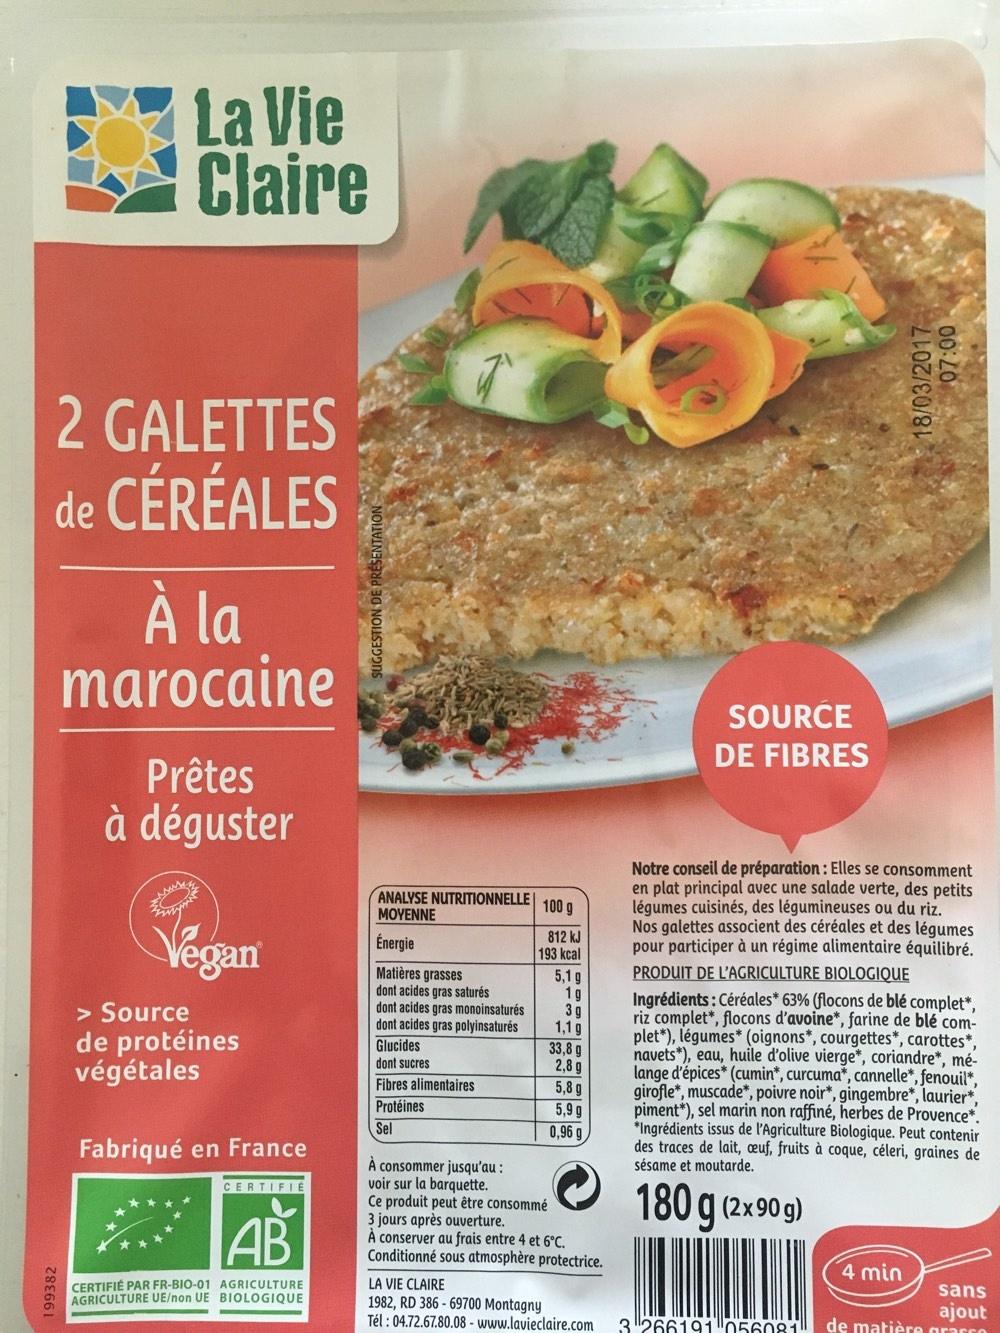
2 GALETTES de CÉRÉALES
199382
La Vie Claire
À la
marocaine
Prêtes à déguster
3
Vegan
> Source de protéines végétales
Fabriqué en France
CERTIFIÉ PAR FR-BIO-01 AGRICULTURE UE/non UE
CERTIFIE
AB
AGRICULTURE BIOLOGIQUE
SUGGESTION DE
ANALYSE NUTRITIONNELLE 100 g
MOYENNE
Énergie
Matières grasses dont acides gras saturés
dont acides gras monoinsaturés
dont acides gras polyinsaturés Glucides
dont sucres
Fibres alimentaires Protéines
Sel
812 kJ 193 kcal
5,1 g
1g
3g
1,1g
33,8 g
2,8 g
5,8 g
5,9 g
0,96 g
À consommer jusqu'au :
voir sur la barquette.
Ce produit peut être consommé 3 jours après ouverture.
À conserver au frais entre 4 et 6°C. Conditionné sous atmosphère protectrice.
LA VIE CLAIRE
1982, RD 386-69700 Montagny
Tél : 04.72.67.80.08 - www.lavieclaire.com
SOURCE DE FIBRES
18/03/2017
Notre conseil de préparation : Elles se consomment en plat principal avec une salade verte, des petits légumes cuisinés, des légumineuses ou du riz. Nos galettes associent des céréales et des légumes pour participer à un régime alimentaire équilibré. PRODUIT DE L'AGRICULTURE BIOLOGIQUE
3266191 056081
00:20
Ingrédients: Céréales* 63% (flocons de blé complet*, riz complet*, flocons d'avoine*, farine de blé complet*), légumes* (oignons*, courgettes*, carottes*, navets *), eau, huile d'olive vierge*, coriandre*, mélange d'épices (cumin, curcuma, cannelle, fenouil*, girofle*, muscade*, poivre noir*, gingembre*, laurier*, piment*), sel marin non raffiné, herbes de Provence*. *Ingrédients issus de l'Agriculture Biologique. Peut contenir des traces de lait, ceuf, fruits à coque, céleri, graines de sésame et moutarde.
180 g (2x90 g)
4 min
sans ajout
de matière racco